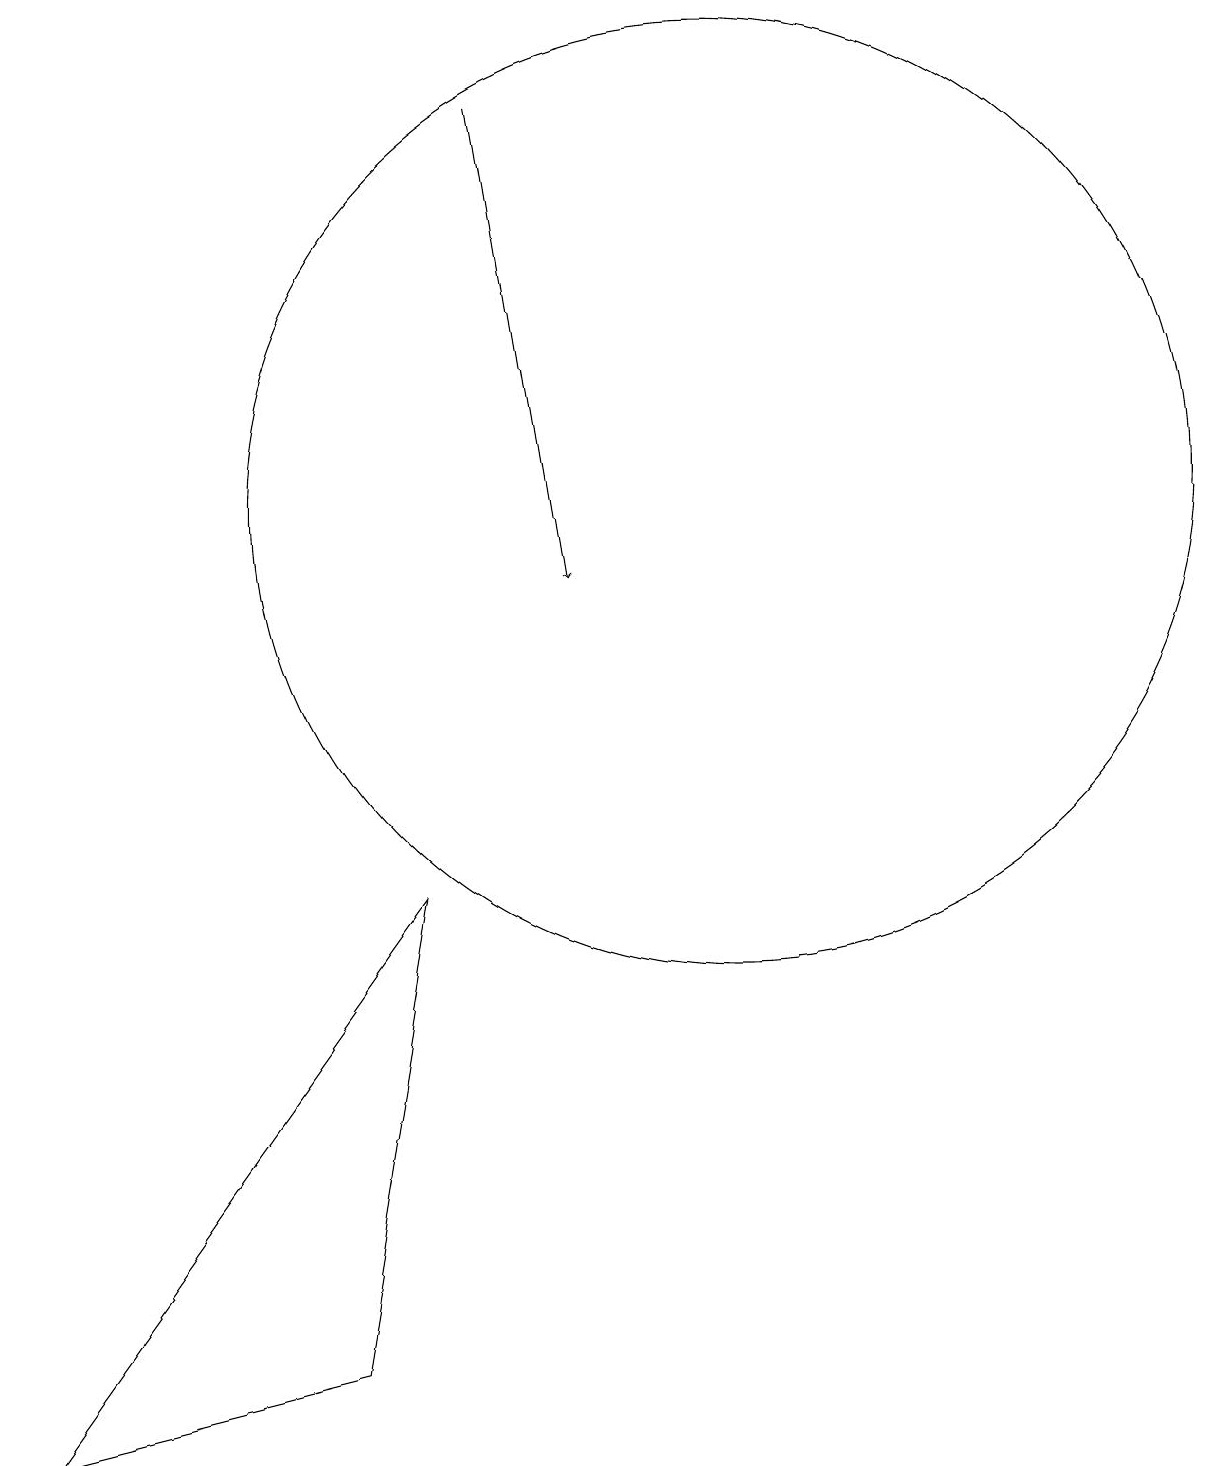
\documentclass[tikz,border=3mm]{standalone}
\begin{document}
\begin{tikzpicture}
\draw (5,1) -- (1,0) -- (6,7) -- cycle;
\draw[->] (7,17) -- (8,11);
\draw (10,12) circle (6);
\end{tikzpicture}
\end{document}